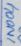
Text: IN004